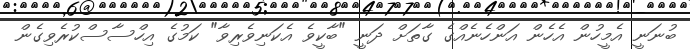
ބުނަނީ އެމީހުން އެހެން އަންހެނެއްގެ ގާތަށް ދަނީ "ބާކީވެ އެކަނިވެރިވާ" ކަމުގެ އިހްސާސްކުރެވިގެން